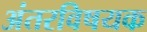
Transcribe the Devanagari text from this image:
अंतरविषयक